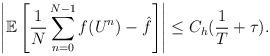
LaTeX: \begin{align*}\left|\mathbb{E}\left[\frac1N\sum_{n=0}^{N-1}f(U^n)-\hat f\right]\right|\le C_h(\frac1T+\tau).\end{align*}